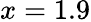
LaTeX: x=1.9